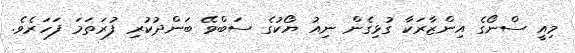
މިއީ ސްނޯގެ އިންޒާރަކާ ގުޅިގެން ނިއު ޔޯކުގެ ސަބްވޭ ބަންދުކުރި ފުރަތަމަ ފަހަރެވެ.